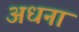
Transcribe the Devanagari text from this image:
अधना